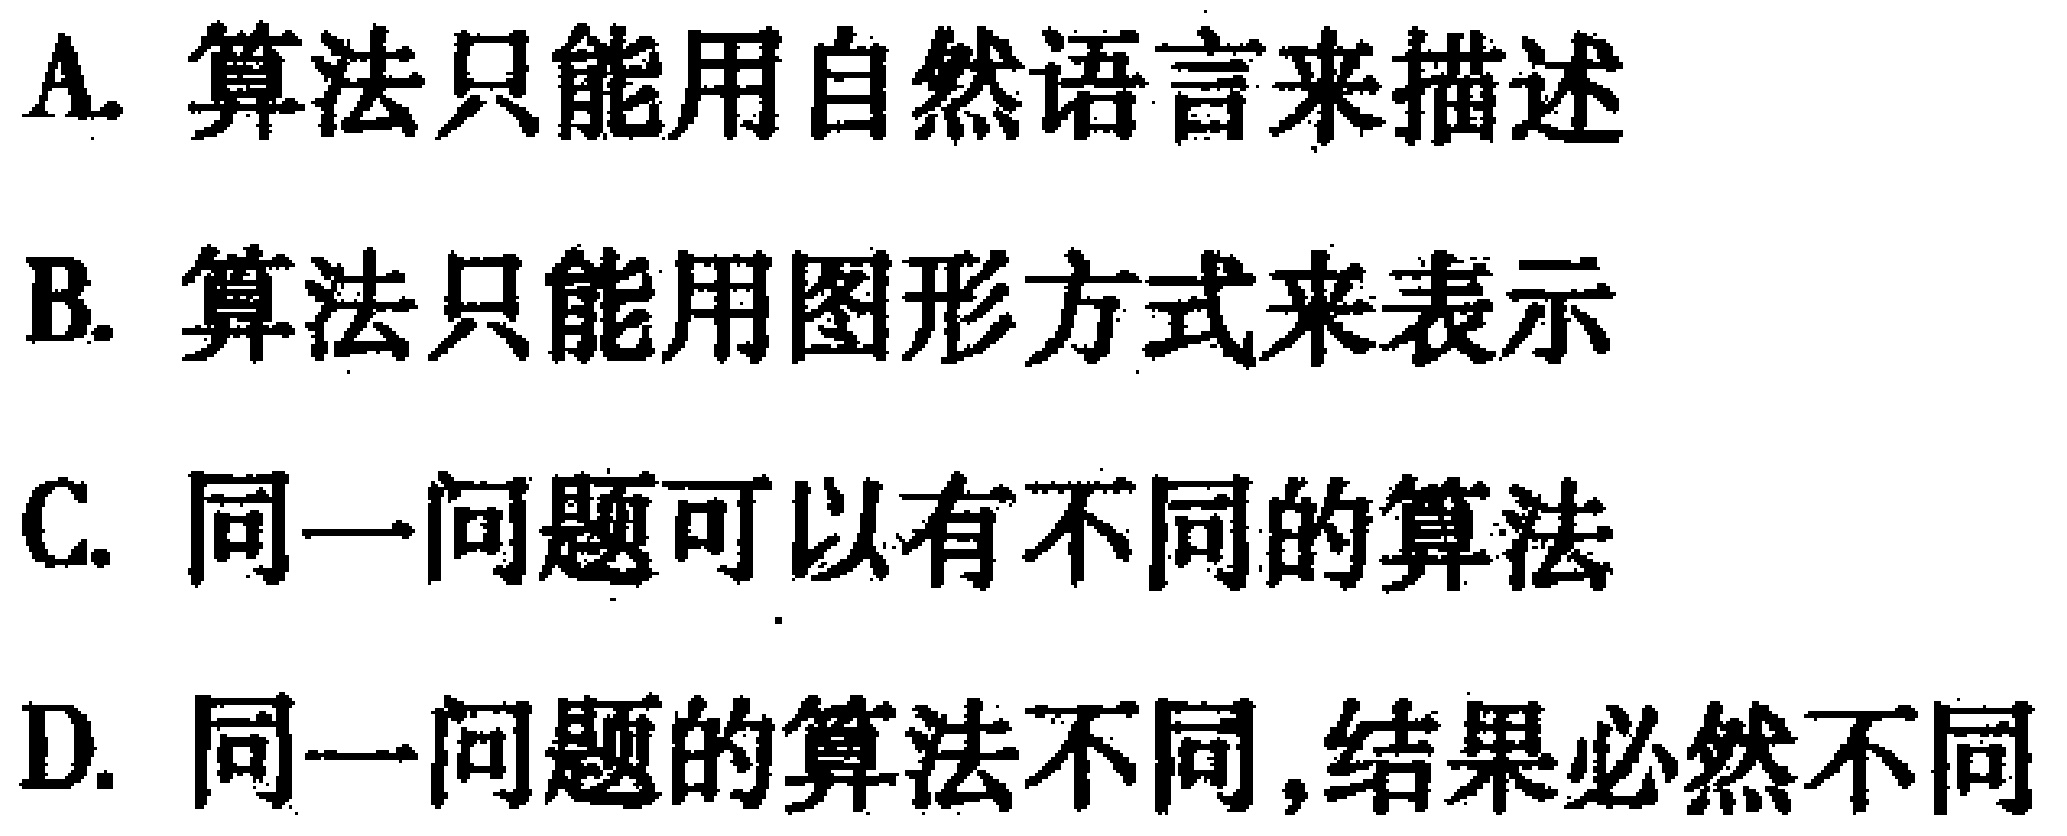
A. 算法只能用自然语言来描述
B. 算法只能用图形方式来表示
C. 同一问题可以有不同的算法
D. 同一问题的算法不同,结果必然不同